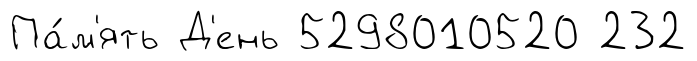
Па́м'ять Д'ень 5298010520 232